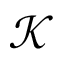
\mathcal K